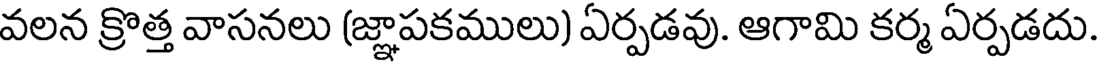
వలన క్రొత్త వాసనలు (జ్ఞాపకములు) ఏర్పడవు. ఆగామి కర్మ ఏర్పడదు.